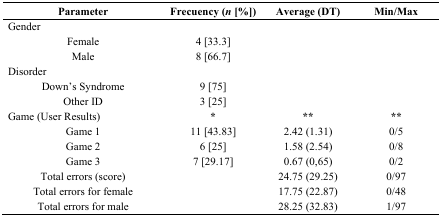
| Parameter | Frecuency (n [%]) | Average (DT) | Min/Max |
 | --- | --- | --- | --- |
 | Gender |  | <ROWSPAN=3>  | <ROWSPAN=3>  |
 | Female | 4 [33.3] |
 | Male | 8 [66.7] |
 | Disorder |  | <ROWSPAN=3>  | <ROWSPAN=3>  |
 | Down’s Syndrome | 9 [75] |
 | Other ID | 3 [25] |
 | Game (User Results) | * | ** | ** |
 | Game 1 | 11 [43.83] | 2.42 (1.31) | 0/5 |
 | Game 2 | 6 [25] | 1.58 (2.54) | 0/8 |
 | Game 3 | 7 [29.17] | 0.67 (0,65) | 0/2 |
 | Total errors (score) | <ROWSPAN=3>  | 24.75 (29.25) | 0/97 |
 | Total errors for female | 17.75 (22.87) | 0/48 |
 | Total errors for male | 28.25 (32.83) | 1/97 |